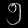
Digit: ၅